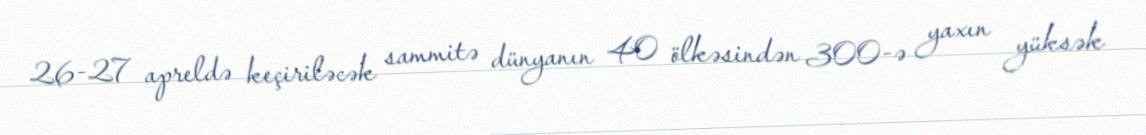
26-27 apreldə keçiriləcək sammitə dünyanın 40 ölkəsindən 300-ə yaxın yüksək